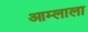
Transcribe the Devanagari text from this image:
आम्लाला